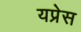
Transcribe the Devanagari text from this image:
यप्रेस